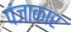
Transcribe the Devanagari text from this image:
पंजाकार